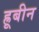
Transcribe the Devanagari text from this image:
ह्रूबीन